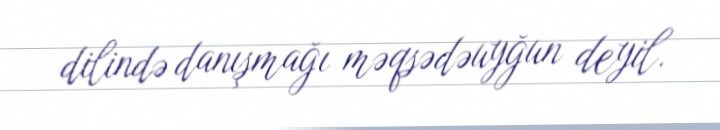
dilində danışmağı məqsədəuyğun deyil.